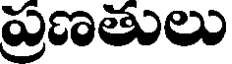
ప్రణతులు